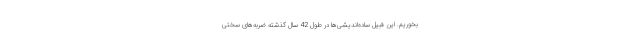
بخوریم. این قبیل ساده‌اندیشی‌ها در طول 42 سال گذشته ضربه‌های سختی